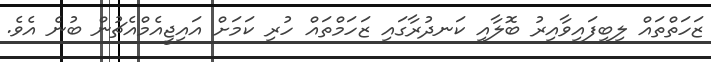
ޒަހަތްތައް ލިބިފައިވާއިރު ބޮލާއި ކަނދުރާގައި ޒަހަމްތައް ހުރި ކަމަށް އައިޖީއެމްއެޗުން ބުނެ އެވެ.